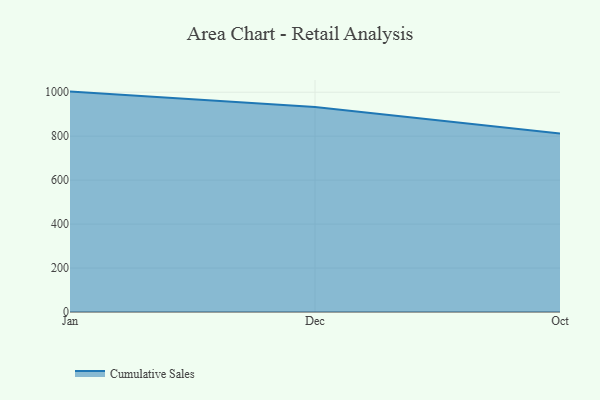
{"axis": {"x": "Month", "y": "Production Output"}, "legend": ["Cumulative Sales"], "data": [{"x": "Jan", "y": 1002.9, "type": "Cumulative Sales"}, {"x": "Dec", "y": 932.9, "type": "Cumulative Sales"}, {"x": "Oct", "y": 811.9, "type": "Cumulative Sales"}]}